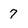
Character: 7